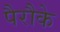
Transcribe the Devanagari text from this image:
पैरौके